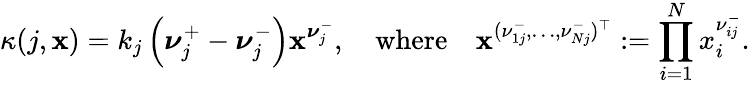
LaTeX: \kappa(j,\mathbf{x})=k_{j}\left(\boldsymbol{\nu}_{j}^{+}-\boldsymbol{\nu}_{j}^{-}\right)\mathbf{x}^{\boldsymbol{\nu}_{j}^{-}},\quad\mathrm{where}\quad\mathbf{x}^{(\nu_{1j}^{-},\dots,\nu_{Nj}^{-})^{\top}}:=\prod_{i=1}^{N}x_{i}^{\nu_{ij}^{-}}.